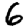
Digit: 6